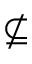
\nsubseteq